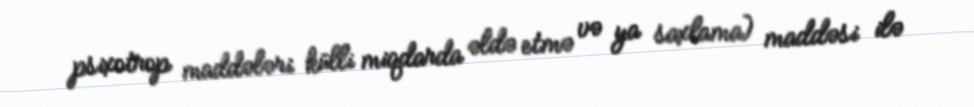
psixotrop maddələri külli miqdarda əldə etmə və ya saxlama) maddəsi ilə